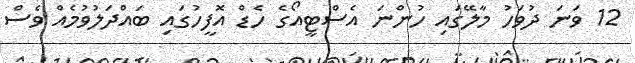
12 ވަނަ ދުވަހު މާލޭގައި ހުންނަ އެސްޓީއޯގެ ހެޑް އޮފީހުގައި ބައްދަލުވުމެއް ވެސް